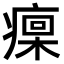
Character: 𤹄